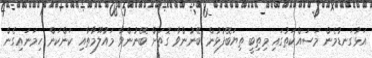
އަޅުގަނޑުމެން މަސައްކަތުގައި މިތިބީ ތިޔަބޭފުޅުން ބޭނުންވާ ގޮތަށް ބޭނުންވާ މައުލޫމާތާއި ކަންކަން ހިމަނައިގެން